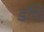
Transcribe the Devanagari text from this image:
डचि